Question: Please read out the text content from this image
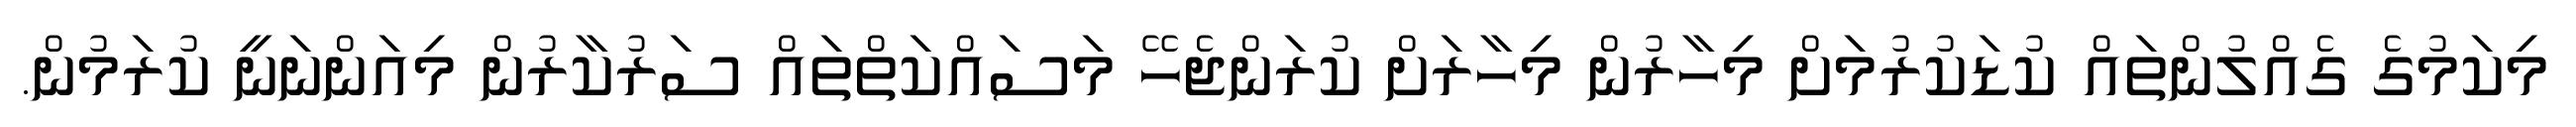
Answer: މިކަމުގެ ގެއްލުންތައް ކުޑަކުރުމަށް މިހާރުން މިހާރަށް ކުރަންޖެހޭ މަސައްކަތްތައް ސަރުކާރުން މިއަންނަނީ ކުރަމުން.